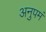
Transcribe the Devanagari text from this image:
अनुपमं